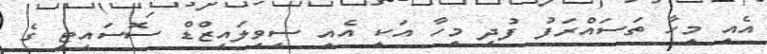
އެއީ މީހާ ތަސައްރަފު ފުދި މީހާ އަކީ އެއީ ސިވިލައިޒްޑް ސޮސައިޓީ ގެ